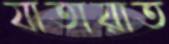
যাতায়াত